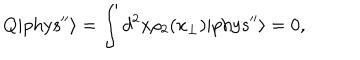
LaTeX: Q | \mathrm { { p h y s ^ { \prime \prime } } } \rangle = \int d ^ { 2 } x \rho _ { 2 } ( x _ { \perp } ) | { \mathrm { p h y s } ^ { \prime \prime } } \rangle = 0 ,